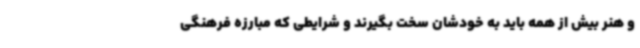
و هنر بیش از همه باید به خودشان سخت بگیرند و شرایطی که مبارزه فرهنگی